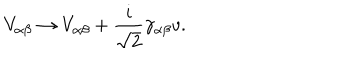
V _ { \alpha \beta } \rightarrow V _ { \alpha \beta } + \frac { i } { \sqrt { 2 } } \gamma _ { \alpha \beta } v .